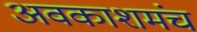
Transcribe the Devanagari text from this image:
अवकाशमंच